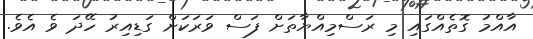
އާއްމު ގޮތެއްގައި މި ރަސްމިއްޔާތަށް ފަސް ވަރަކަށް ގަޑިއިރު ހޭދަ ވެ އެވެ.